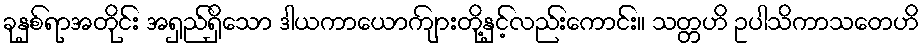
ခုနှစ်ရာအတိုင်း အရှည်ရှိသော ဒါယကာယောကျ်ားတို့နှင့်လည်းကောင်း။ သတ္တဟိ ဥပါသိကာသတေဟိ